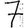
Digit: 7